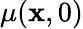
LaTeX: \mu(\textbf{x},0)